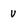
Character: u